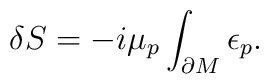
\delta S = -i \mu_p \int_{\partial M} \epsilon_{p}.